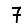
Digit: 7